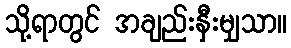
သို့ရာတွင် အချည်းနှီးမျှသာ။